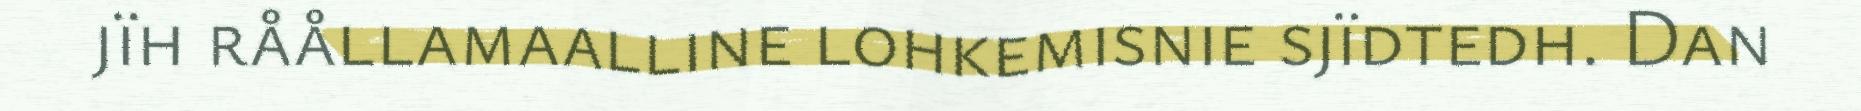
jïh råållamaalline lohkemisnie sjïdtedh. Dan